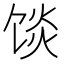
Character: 𱃿